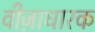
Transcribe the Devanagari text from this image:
वीज़ाधारक